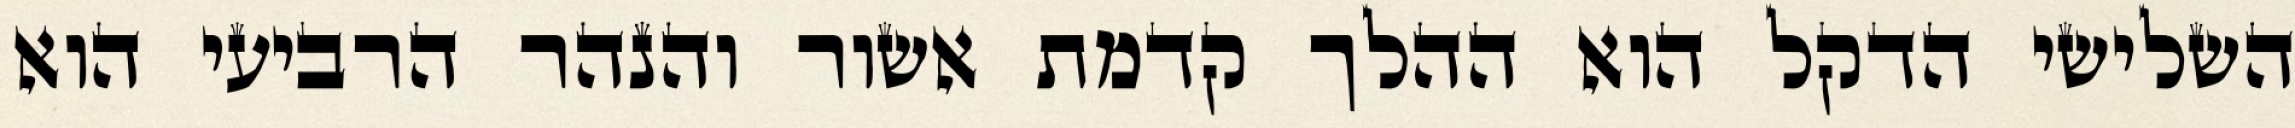
השלישי הדקל הוא ההלך קדמת אשור והנהר הרביעי הוא